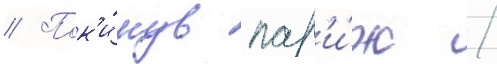
// Пок'и́нув пар'и́ж /